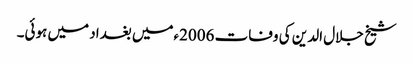
شیخ جلال الدین کی وفات 2006ءمیں بغداد میں ہوئی۔